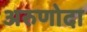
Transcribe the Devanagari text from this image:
अरुणोदा